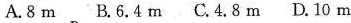
A.8m.B.6.4m C.4.8m D.10m